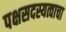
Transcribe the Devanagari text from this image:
पक्षसदस्यत्वाचा